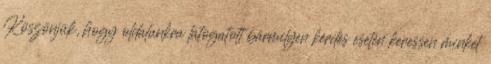
Köszönjük, hogy oldalunkra látogatott bármilyen kérdés esetén keressen minket